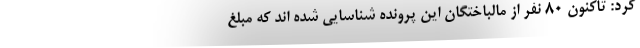
کرد: تاکنون ۸۰ نفر از مالباختگان این پرونده شناسایی شده اند که مبلغ